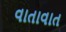
વાતાવાત